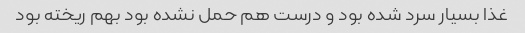
غذا بسیار سرد شده بود و درست هم حمل نشده بود بهم ریخته بود